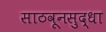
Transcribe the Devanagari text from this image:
साठवूनसुद्धा